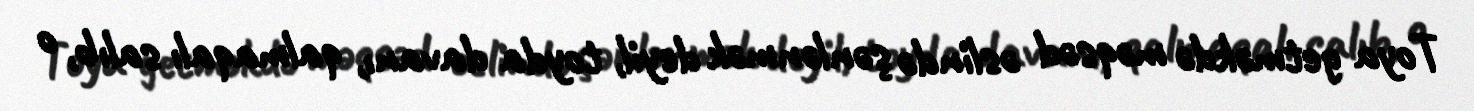
Toya getməkdə məqsəd əslində şənlənmək deyil, toyda davanı, qalmaqalı salıb, o